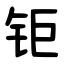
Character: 钜